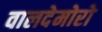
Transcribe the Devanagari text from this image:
वालदेमोरो